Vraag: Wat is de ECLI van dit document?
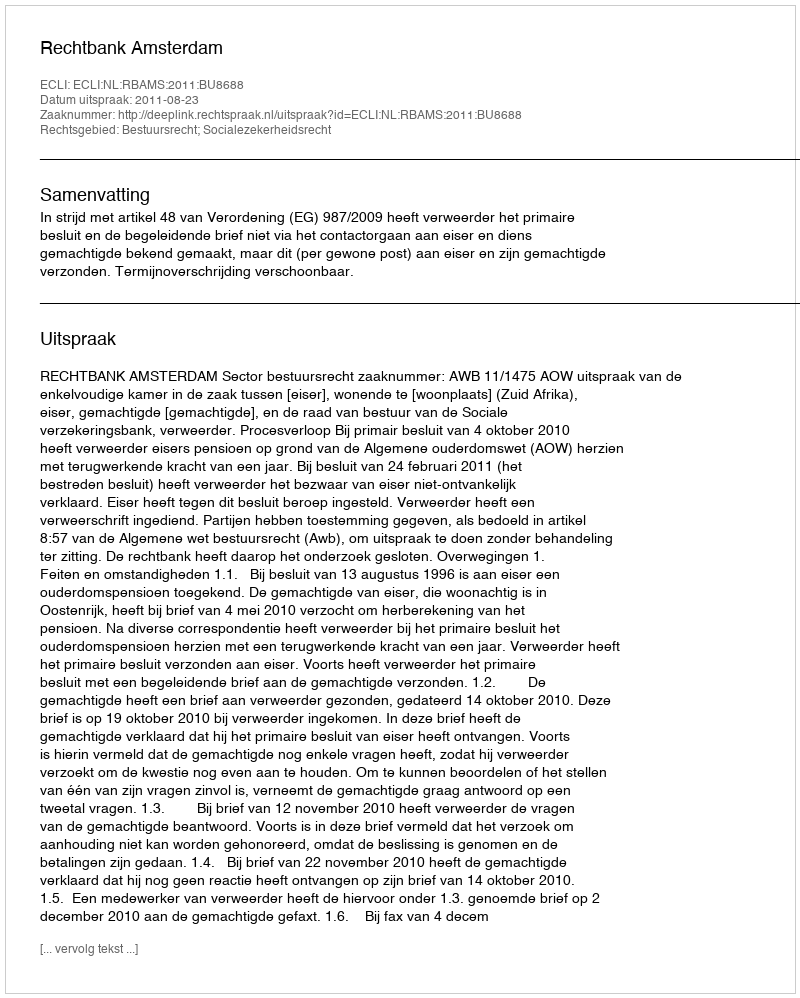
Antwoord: ECLI:NL:RBAMS:2011:BU8688